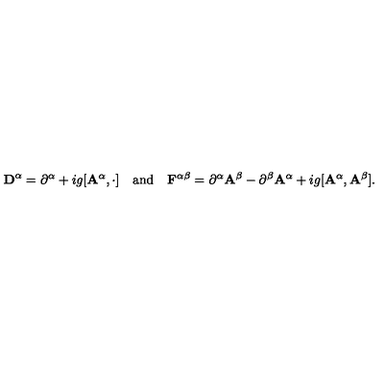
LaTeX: { \bf D } ^ { \alpha } = \partial ^ { \alpha } + i g [ { \bf A } ^ { \alpha } , \cdot ] \quad \mathrm { { a n d } } \quad { \bf F } ^ { \alpha \beta } = \partial ^ { \alpha } { \bf A } ^ { \beta } - \partial ^ { \beta } { \bf A } ^ { \alpha } + i g [ { \bf A } ^ { \alpha } , { \bf A } ^ { \beta } ] .